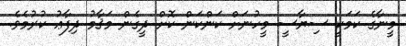
މީނާގެ ކަމަކީ ސިޔާސީ މީހުނަށް ކަންކަން ކޮށް ދީގެން މަޤާމު ދިފާޢު ކުރުމެވެ.